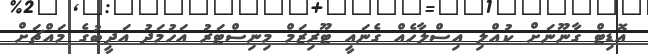
އޮޑިޓް ގާނޫނަށް ކުއްލި އިސްލާހެއް ގެނައީ ޓޫރިޒަމް މިނިސްޓަރު އަހުމަދު އަދީބުގެ މައްޗަށް